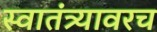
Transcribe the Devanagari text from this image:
स्वातंत्र्यावरच